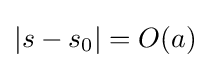
|s-s_{0}|=O(a)